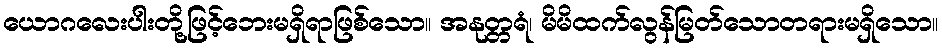
ယောဂလေးပါးတို့ဖြင့်ဘေးမရှိရာဖြစ်သော။ အနုတ္တရံ၊ မိမိထက်လွန်မြတ်သောတရားမရှိသော။